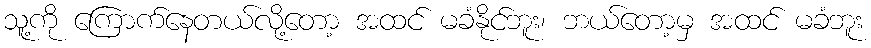
သူ့ကို ကြောက်နေတယ်လို့တော့ အထင် မခံနိုင်ဘူး၊ ဘယ်တော့မှ အထင် မခံဘူး